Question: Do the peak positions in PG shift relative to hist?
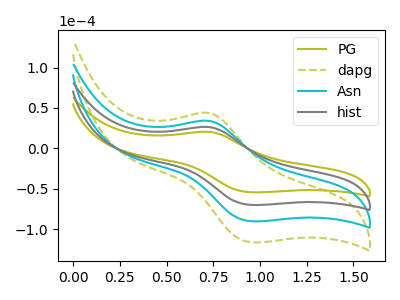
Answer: <think>The olive curve "PG" has an anodic peak at (0.70V, 20.50uA) and a cathodic peak at (0.95V, -54.35uA). The olive dashed curve "dapg" has an anodic peak at (0.70V, 79.20uA) and a cathodic peak at (0.95V, -210.05uA). The cyan curve "Asn" has an anodic peak at (0.70V, 52.80uA) and a cathodic peak at (0.95V, -140.05uA). The gray curve "hist" has an anodic peak at (0.70V, 26.40uA) and a cathodic peak at (0.95V, -70.00uA).
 All the peaks in "PG" have a peak in "hist" at the same potential. Every peak in "PG" is lower than every peak in "hist".</think>
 <answer>No, "PG" and "hist" don't appear to be significantly different in shape</answer>
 <eval>no_change</eval>